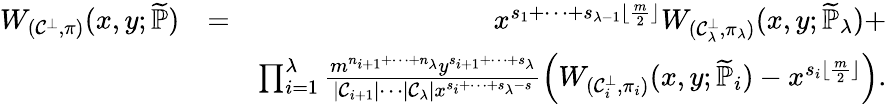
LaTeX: \begin{array}{rlr}{W_{(\mathcal{C}^{\bot},\pi)}(x,y;\widetilde{\mathbb{P}})}&{=}&{x^{s_{1}+\cdots+s_{\lambda-1}\lfloor\frac{m}{2}\rfloor}W_{(\mathcal{C}_{\lambda}^{\bot},\pi_{\lambda})}(x,y;\widetilde{\mathbb{P}}_{\lambda})+}\\ &{}&{\prod_{i=1}^{\lambda}\frac{m^{n_{i+1}+\cdots+n_{\lambda}}y^{s_{i+1}+\cdots+s_{\lambda}}}{|\mathcal{C}_{i+1}|\cdots|\mathcal{C}_{\lambda}|x^{s_{i}+\cdots+s_{\lambda}-s}}\left(W_{(\mathcal{C}_{i}^{\bot},\pi_{i})}(x,y;\widetilde{\mathbb{P}}_{i})-x^{s_{i}\lfloor\frac{m}{2}\rfloor}\right).}\end{array}